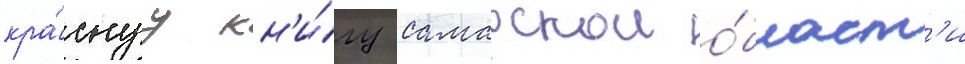
кра́снуу кн'и́гу самарскои о́бласт'и